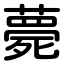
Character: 薨